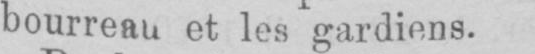
bourreau et les gardiens.